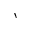
\backprime